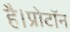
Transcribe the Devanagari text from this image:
है।प्रोटॉन